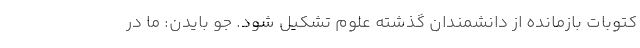
کتوبات بازمانده از دانشمندان گذشته علوم تشکیل شود. جو بایدن: ما در